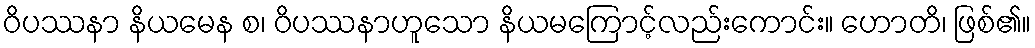
ဝိပဿနာ နိယမေန စ၊ ဝိပဿနာဟူသော နိယမကြောင့်လည်းကောင်း။ ဟောတိ၊ ဖြစ်၏။